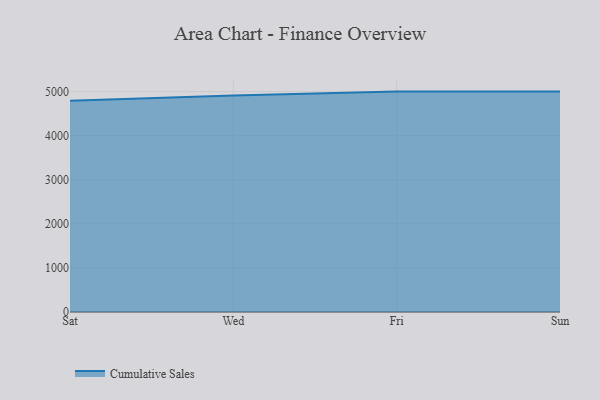
{"axis": {"x": "Day", "y": "Latency (ms)"}, "legend": ["Cumulative Sales"], "data": [{"x": "Sat", "y": 4794.6, "type": "Cumulative Sales"}, {"x": "Wed", "y": 4909.2, "type": "Cumulative Sales"}, {"x": "Fri", "y": 5000, "type": "Cumulative Sales"}, {"x": "Sun", "y": 5000, "type": "Cumulative Sales"}]}